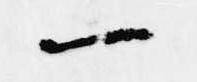
一